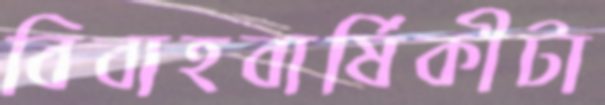
বিবাহবার্ষিকীটা